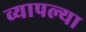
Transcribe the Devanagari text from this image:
व्यापल्या